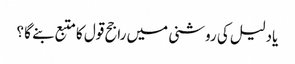
یادلیل کی روشنی میں راجح قول کا متبع بنے گا ؟